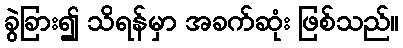
ခွဲခြား၍ သိရန်မှာ အခက်ဆုံး ဖြစ်သည်။